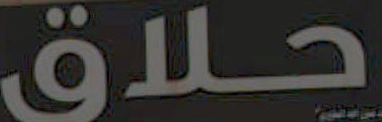
حلاق